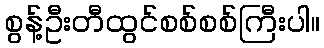
စွန့်ဦးတီထွင်စစ်စစ်ကြီးပါ။